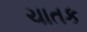
ચાતક